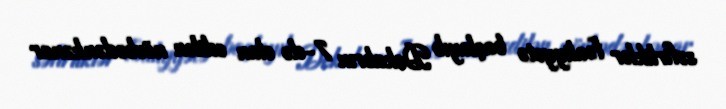
səfirliklər fəaliyyətə başlayıb Dekabrın 7-də elan edilən növbədənkənar